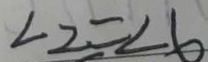
\angle 2 = \angle 6